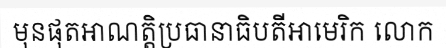
មុនផុតអាណត្តិប្រធានាធិបតីអាមេរិក លោក